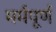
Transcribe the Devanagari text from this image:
मर्मपूर्ण